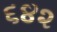
૬૪૨